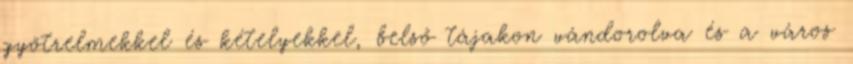
gyötrelmekkel és kételyekkel, belső tájakon vándorolva és a város